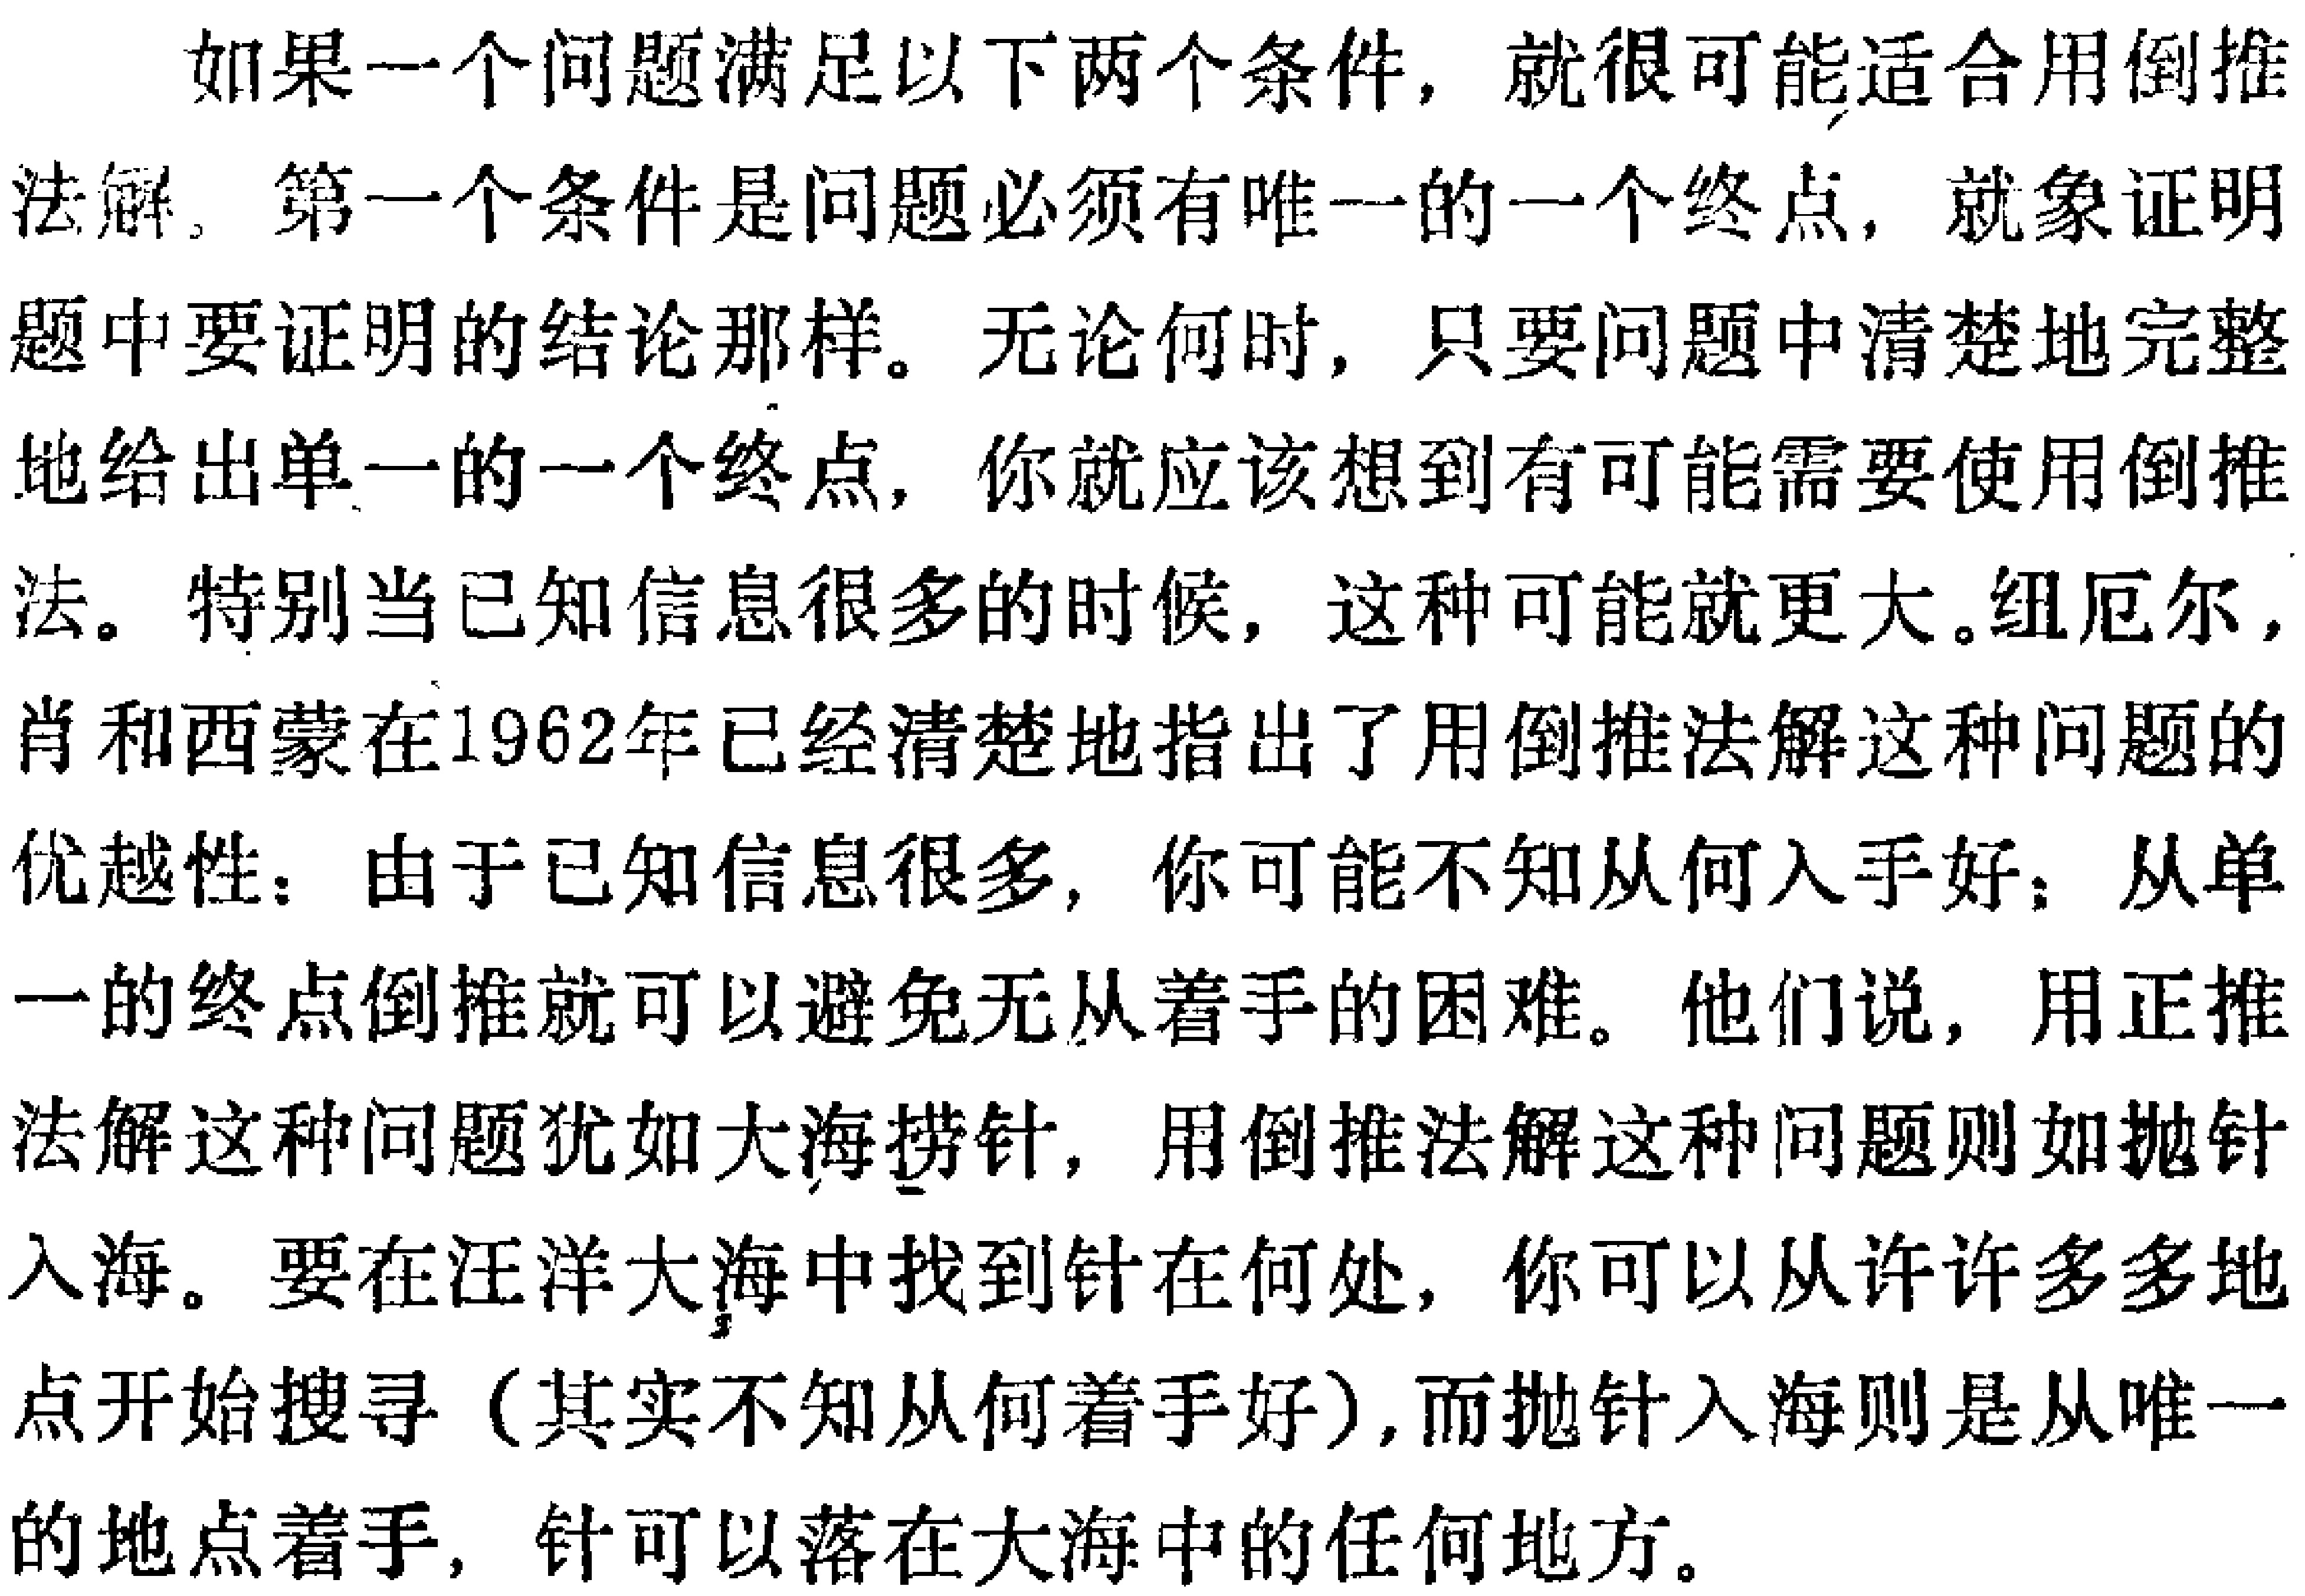
如果一个问题满足以下两个条件，就很可能适合用倒推法解。第一个条件是问题必须有唯一的一个终点，就象证明题中要证明的结论那样。无论何时，只要问题中清楚地完整地给出单一的一个终点，你就应该想到有可能需要使用倒推法。特别当已知信息很多的时候，这种可能就更大。纽厄尔，肖和西蒙在1962年已经清楚地指出了用倒推法解这种问题的优越性：由于已知信息很多，你可能不知从何入手好；从单一的终点倒推就可以避免无从着手的困难。他们说，用正推法解这种问题犹如大海捞针，用倒推法解这种问题则如抛针入海。要在汪洋大海中找到针在何处，你可以从许许多多地点开始搜寻（其实不知从何着手好），而抛针入海则是从唯一的地点着手，针可以落在大海中的任何地方。